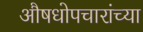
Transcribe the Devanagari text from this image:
औषधोपचारांच्या